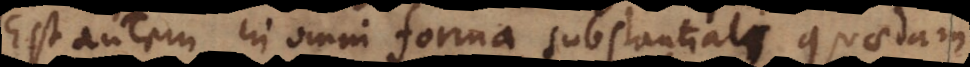
Est autem in omni forma substantiali quaedam